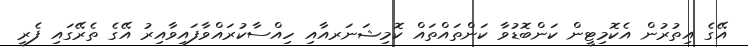
އޭގެ އިތުރުން އެކޮމިޓީން ކަންބޮޑުވާ ކަންތައްތައް ކޮމިޝަނަރއާއި ހިއްސާކުރައްވާފައިވާއިރު އޭގެ ތެރޭގައި ފެރީ